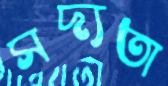
সদ্যতা